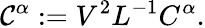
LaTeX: \mathcal{C}^{\alpha}:=V^{2}L^{-1}C^{\alpha}.